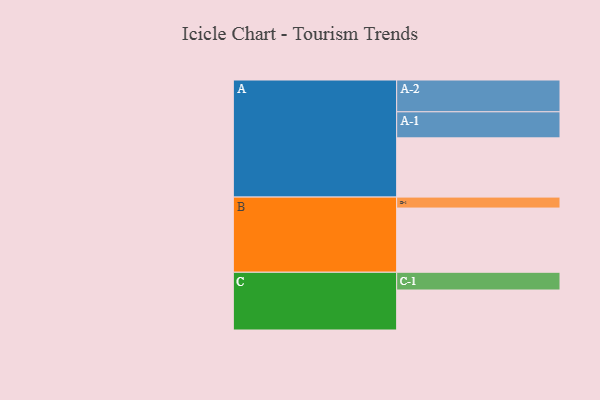
{"axis": {"x": "Segment", "y": "Value"}, "legend": ["", "A", "B", "C"], "data": [{"x": "A", "y": 514, "type": ""}, {"x": "B", "y": 557, "type": ""}, {"x": "C", "y": 347, "type": ""}, {"x": "A-1", "y": 226, "type": "A"}, {"x": "A-2", "y": 276, "type": "A"}, {"x": "B-1", "y": 95, "type": "B"}, {"x": "C-1", "y": 154, "type": "C"}]}